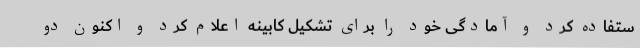
ستفاده کرد و آمادگی خود را برای تشکیل کابینه اعلام کرد و اکنون دو